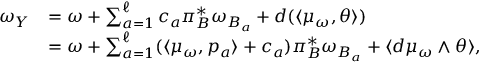
\begin{array} { r l } { \omega _ { Y } } & { = \omega + \sum _ { a = 1 } ^ { \ell } c _ { a } \pi _ { B } ^ { * } \omega _ { B _ { a } } + d ( \langle \mu _ { \omega } , \theta \rangle ) } \\ & { = \omega + \sum _ { a = 1 } ^ { \ell } ( \langle \mu _ { \omega } , p _ { a } \rangle + c _ { a } ) \pi _ { B } ^ { * } \omega _ { B _ { a } } + \langle d \mu _ { \omega } \wedge \theta \rangle , } \end{array}